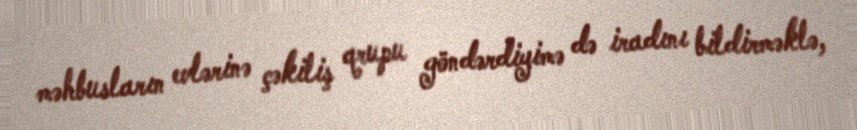
məhbusların evlərinə çəkiliş qrupu göndərdiyimə də iradını bildirməklə,